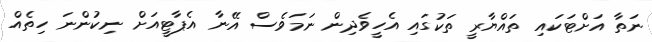
ނަތާ އަށްޓަކައި ތައްޔާރީ ތަކުގައި އެހީވެދިން ނަމަވެސް އޭނާ އެޕާޓީއަށް ނިކުންނަ ހިތެއް